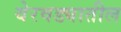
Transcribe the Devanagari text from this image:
येरवड्यातील